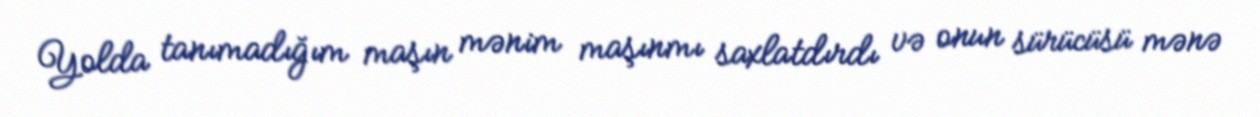
Yolda tanımadığım maşın mənim maşınmı saxlatdırdı və onun sürücüsü mənə